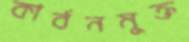
কার্বনমুক্ত